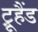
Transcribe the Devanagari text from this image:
ट्रूहैंड